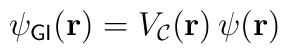
\psi_{\sf GI}({\bf{r}})=V_{\cal{C}}({\bf{r}})\,\psi({\bf{r}})